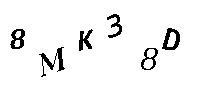
8MK38D